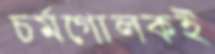
চর্মগোলকই